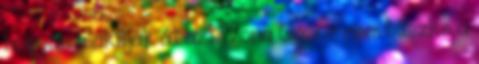
hogyan alakítják át azt. Vona Gábor nem büszke a